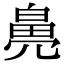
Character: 𤾒